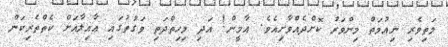
މަތިވެރި ނިޢުމަތް މިންވަރު ކޮށްދެއްވާށިއެވެ. އާމީން! އަދި މިހިތްދަތި ވަގުތުގައި ޢާއިލާއަށް ކެތްތެރިކަން